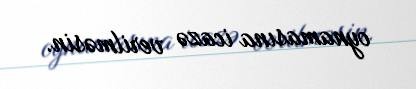
oynamasına icazə verilməsin.